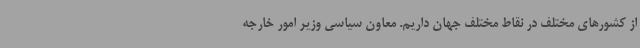
از کشورهای مختلف در نقاط مختلف جهان داریم. معاون سیاسی وزیر امور خارجه